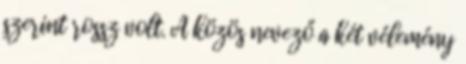
szerint rossz volt. A közös nevező a két vélemény